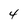
Character: 4